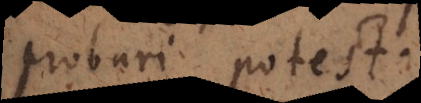
probari potest.